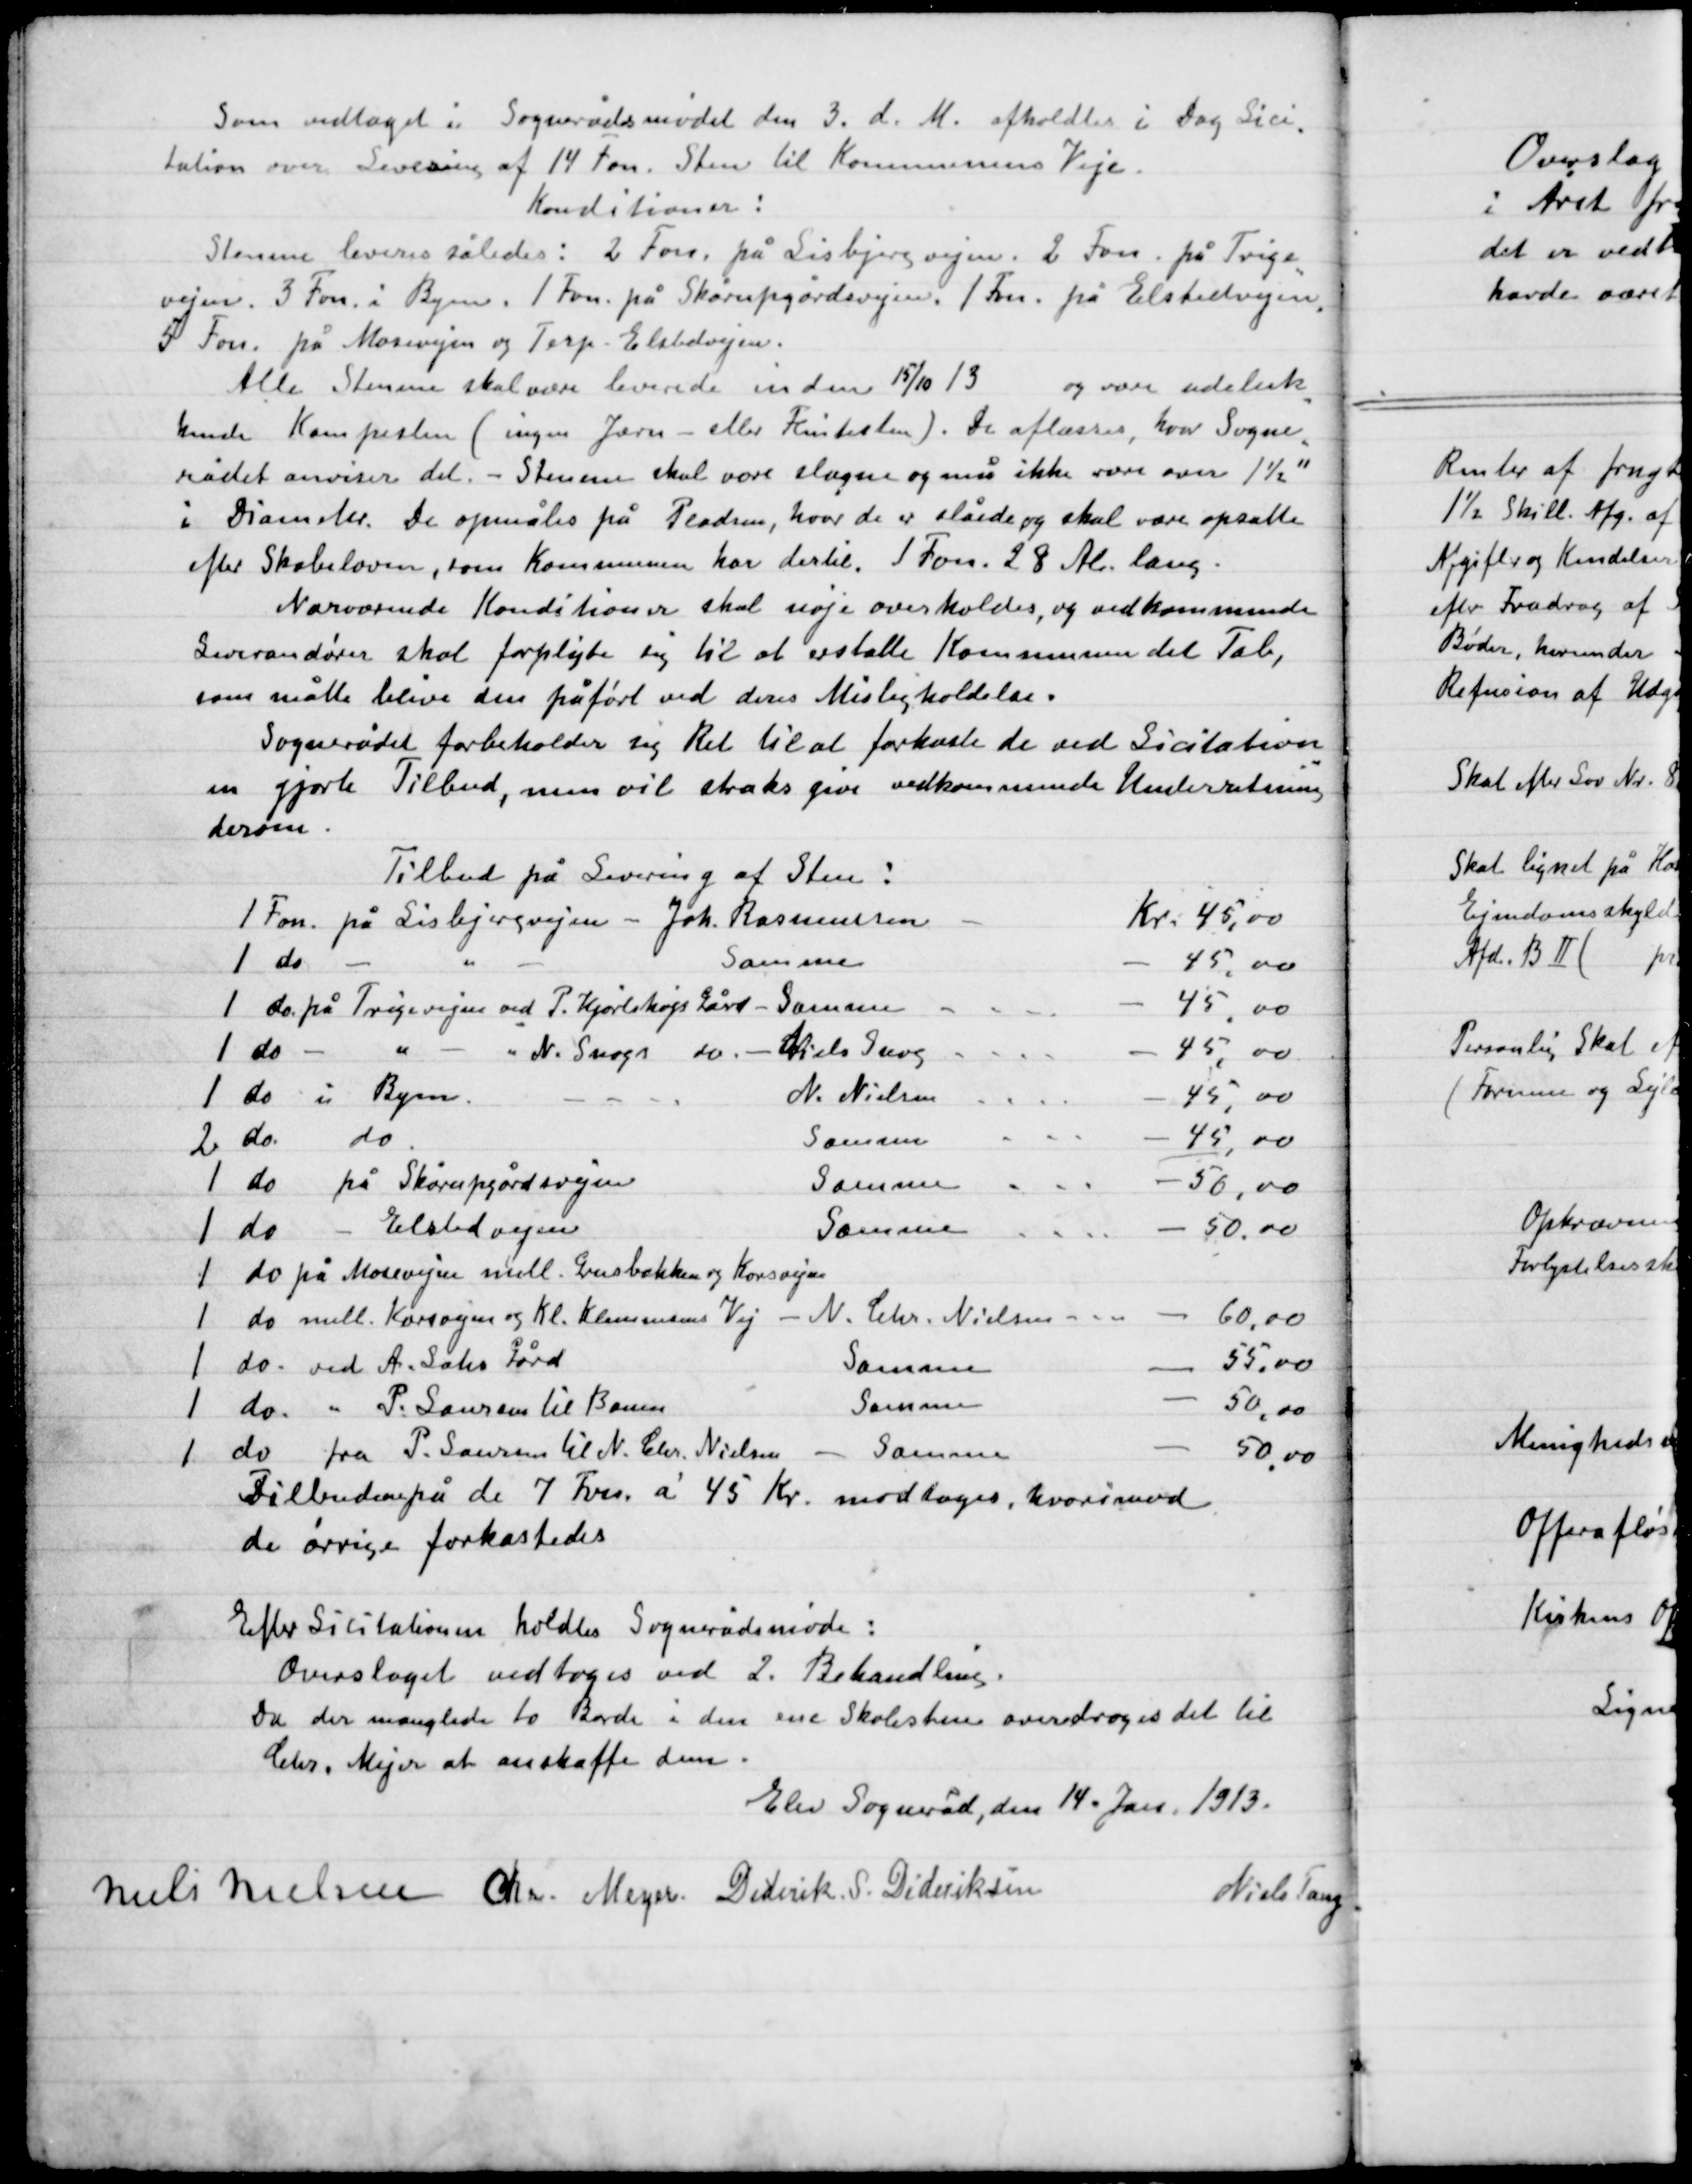
Transskription:
Som vedtaget i Sognerådsmødet den 3. d. M. afholdtes i Dag Lici-
tation over Levering af 14 Fvn. Sten til Kommunens Veje.

Konditioner:
Stenene leveres således: 2 Fvn. på Lisbjergvejen. 2 Fvn. på Trige
vejen. 3 Fvn. i Byen 1 Fvn. på Skårupgårdsvejen. 1 Fvn. på Elstedvejen
5 Fvn. på Mosevejen og Terp-Elstedvejen.
Alle Stenene skal være leverede inden 15/10 13
og være udeluk
kende Kampesten (ingen Jærn- eller Flintesten) De aflæsses hvor Sogne-
rådet anviser det. – Stenene skal være slagne og må ikke være over 1½"
i Diameter. De opmåles på Pladsen, hvor de er slåede, og skal være opsatte 
efter Skabelonen, som Kommunen har dertil. 1 Fvn. 28 Al. lang.
Nærværende Konditioner skal nøje overholdes, og vedkommende
Leverandører skal forpligte sig til at erstatte Kommunen det Tab,
som måtte blive den påført ved deres Misligholdelse.
Sognerådet forbeholder sig Ret til at forkaste de ved Licitation-
en gjorte Tilbud, men vil straks give vedkommende Underretning
derom.

Tilbuddene på de 7 Favn á 45 Kr. modtoges, hvorimod
de øvrige forkastedes.

Efter Licitationen holdes Sognerådsmøde:
Overslaget vedtoges ved 2. Behandling.
Da der manglede to Borde i den nye Skolestue overdroges det til
Chr. Mejer at anskaffe dem.

Elev Sogneråd, den 14. Jan. 1913.

Niels Nielsen
Chr. Mejer
Diderik S. Dideriksen.
Niels Tang